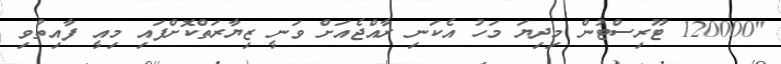
"120000 ޓޫރިސްޓުން މިދިޔަ މަހު އެކަނި ރާއްޖެއަށް ވަނީ ޒިޔާރަތްކޮށްފައި މިއީ ފާއިތުވި